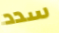
سدد